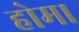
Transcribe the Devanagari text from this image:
होम।